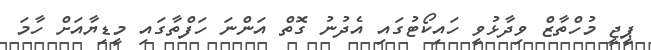
ޕީޖީ މުހްތާޒް ވިދާޅުވީ ހައިކޯޓުގައި އެދުނު ގޮތް އަންނަ ހަފްތާގައި މީޑިޔާއަށް ހާމަ